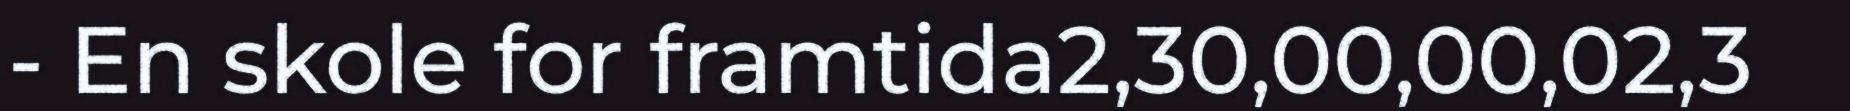
- En skole for framtida2,30,00,00,02,3